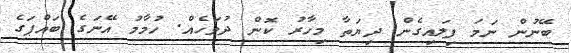
ބޭނުން ނަމަ ފިލައިގެން ދިޔަތާ މިހާރު ކޮން ދުވަހެއް. ހުމާމު އޭނަގެ ބައްޕަގެ